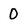
Character: 0